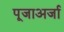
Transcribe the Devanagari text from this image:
पूजाअर्जा